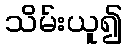
သိမ်းယူ၍